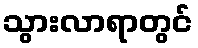
သွားလာရာတွင်